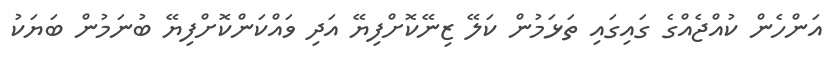
އަންހެން ކުއްޖެއްގެ ގައިގައި ތަޅަމުން ކަލޭ ޒިނޭކޮށްފިޔޭ އަދި ވައްކަންކޮށްފިޔޭ ބުނަމުން ބަޔަކު